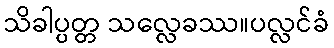
သိခါပ္ပတ္တ သလ္လေခဿ။ပလ္လင်ခံ